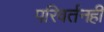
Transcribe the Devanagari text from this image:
परिवर्तनही